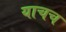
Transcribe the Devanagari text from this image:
याचच